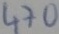
Text: 470